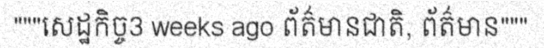
"""សេដ្ឋកិច្ច3 weeks ago ព័ត៌មានជាតិ, ព័ត៌មាន"""